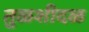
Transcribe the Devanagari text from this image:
तुळशीदळ